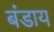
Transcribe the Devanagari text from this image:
बंडाय